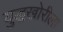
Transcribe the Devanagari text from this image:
युद्धखोरीला